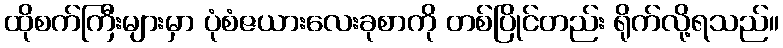
ထိုစက်ကြီးများမှာ ပုံစံဇယားလေးခုစာကို တစ်ပြိုင်တည်း ရိုက်လို့ရသည်။